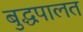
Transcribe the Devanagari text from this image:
बुद्धपालत